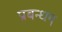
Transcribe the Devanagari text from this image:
प्रबन्धम्